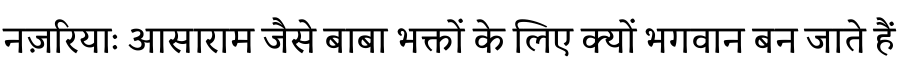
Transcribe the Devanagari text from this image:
नज़रियाः आसाराम जैसे बाबा भक्तों के लिए क्यों भगवान बन जाते हैं